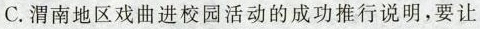
C. 渭南地区戏曲进校园活动的成功推行说明，要让